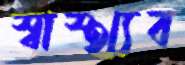
স্বাস্থ্যব